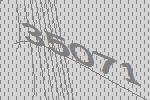
35071